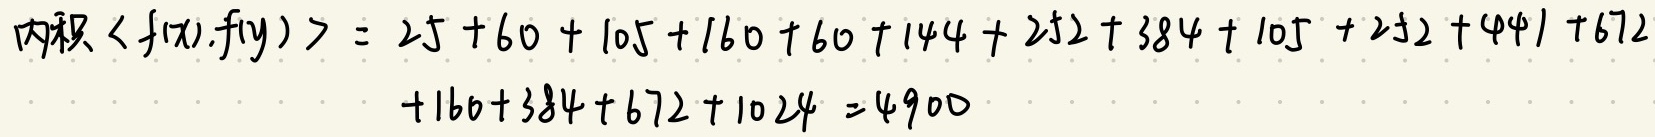
内积\(\langle f(x),f(y)\rangle = 25 + 60 + 105 + 160 + 60 + 144 + 252 + 384 + 105 + 252 + 441 + 672 + 160 + 384 + 672 + 1024 = 4900\)